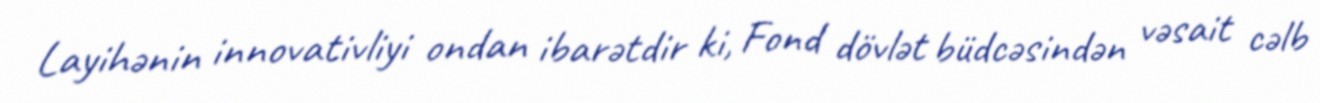
Layihənin innovativliyi ondan ibarətdir ki, Fond dövlət büdcəsindən vəsait cəlb